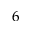
6